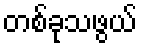
တစ်ခုသဖွယ်